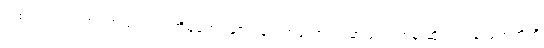
“ထင်းကုလားတုံး အသုံးမကျ အိမ်တော နှစ်ဌာန” ဟူသော ဥပမာဖြင့် ရဟန်းဆိုး ရဟန်းပျက်တို့ကို